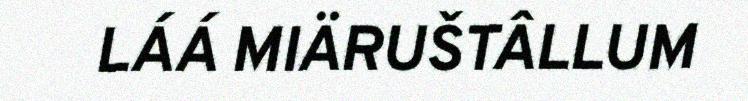
LÁÁ MIÄRUŠTÂLLUM